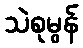
သဲစုမွန်